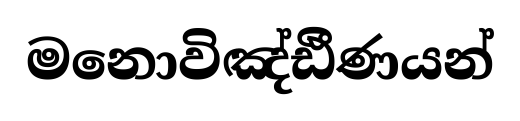
මනොවිඤ්ඪීණයන්